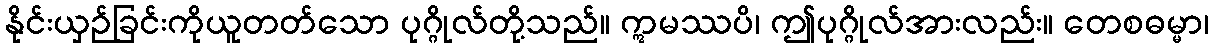
နိုင်းယှဉ်ခြင်းကိုယူတတ်သော ပုဂ္ဂိုလ်တို့သည်။ ဣမဿပိ၊ ဤပုဂ္ဂိုလ်အားလည်း။ တေစဓမ္မာ၊